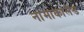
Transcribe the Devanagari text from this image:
नामाकालैंड